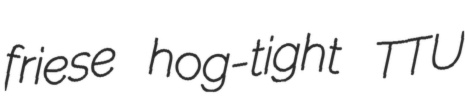
friese hog-tight TTU